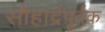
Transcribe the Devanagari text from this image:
सौहार्द्रपूर्वक